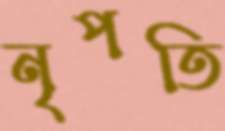
নৃপতি